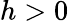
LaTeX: h>0